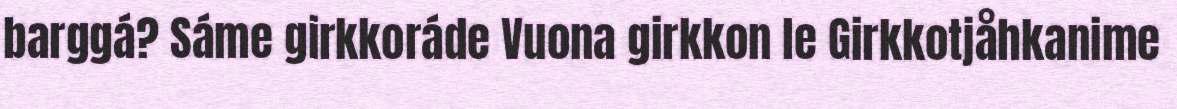
barggá? Sáme girkkoráde Vuona girkkon le Girkkotjåhkanime